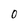
Character: 0